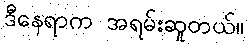
ဒီနေရာက အရမ်းဆူတယ်။